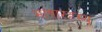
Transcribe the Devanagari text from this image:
भाषारहस्य